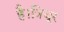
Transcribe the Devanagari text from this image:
है।त्रिचूर